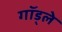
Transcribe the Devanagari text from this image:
गॉड्ले